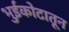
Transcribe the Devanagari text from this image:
भुईकोटातून